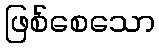
ဖြစ်စေသော